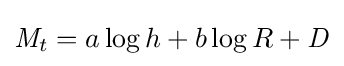
{\mathit {M}}_{t}={a}\log h+{b}\log R+{\mathit {D}}